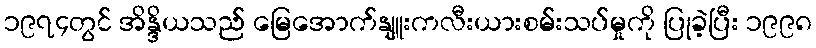
၁၉၇၄တွင် အိန္ဒိယသည် မြေအောက်နျူးကလီးယားစမ်းသပ်မှုကို ပြုခဲ့ပြီး ၁၉၉၈